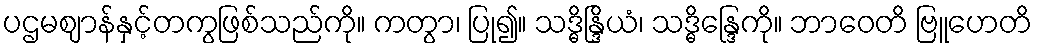
ပဌမဈာန်နှင့်တကွဖြစ်သည်ကို။ ကတွာ၊ ပြု၍။ သဒ္ဓိန္ဒြိယံ၊ သဒ္ဓိန္ဒြေကို။ ဘာဝေတိ ဗြူဟေတိ